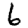
Digit: 6